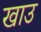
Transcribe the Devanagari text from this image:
खाउ